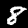
Digit: 8